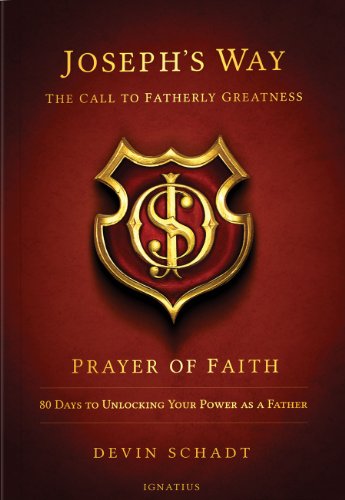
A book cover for Joseph's Way: The Call to Fatherly Greatness - Prayer of Faith: 80 Days to Unlocking Your Power As a Father; Devin Schadt; Christian Books & Bibles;